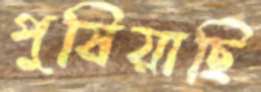
পুষিয়াছি